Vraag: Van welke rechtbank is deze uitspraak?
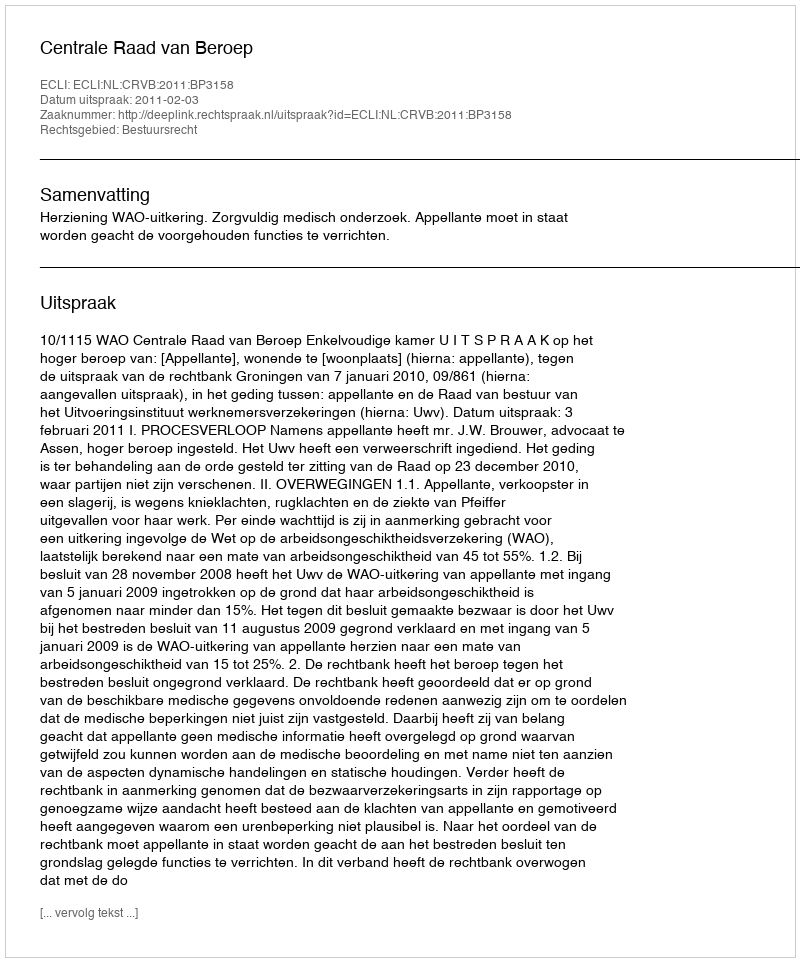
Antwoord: Centrale Raad van Beroep